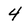
Character: 4